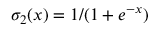
\sigma _ { 2 } ( x ) = 1 / ( 1 + e ^ { - x } )